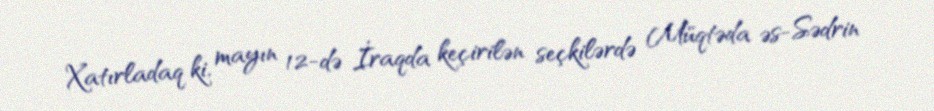
Xatırladaq ki, mayın 12-də İraqda keçirilən seçkilərdə Müqtəda əs-Sədrin